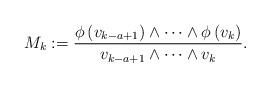
LaTeX: \begin{align*}M_k:= \frac{\phi\left(v_{k-a+1}\right)\wedge \dots \wedge \phi\left(v_k\right)}{v_{k-a+1}\wedge \dots \wedge v_k}.\end{align*}